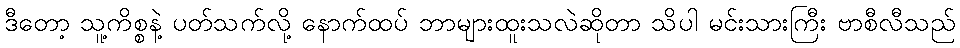
ဒီတော့ သူ့ကိစ္စနဲ့ ပတ်သက်လို့ နောက်ထပ် ဘာများထူးသလဲဆိုတာ သိပါ မင်းသားကြီး ဗာစီလီသည်